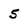
Character: 5